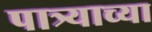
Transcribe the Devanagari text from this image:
पात्र्याच्या